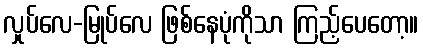
လှုပ်လေ-မြုပ်လေ ဖြစ်နေပုံကိုသာ ကြည့်ပေတော့။